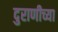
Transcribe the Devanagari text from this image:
दुराणीच्या